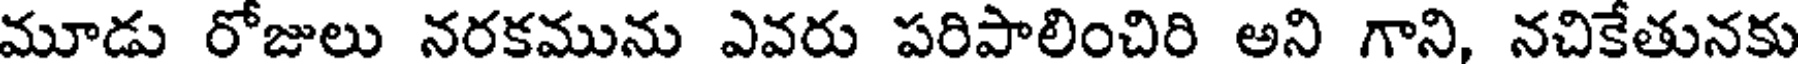
మూడు రోజులు నరకమును ఎవరు పరిపాలించిరి అని గాని, నచికేతునకు